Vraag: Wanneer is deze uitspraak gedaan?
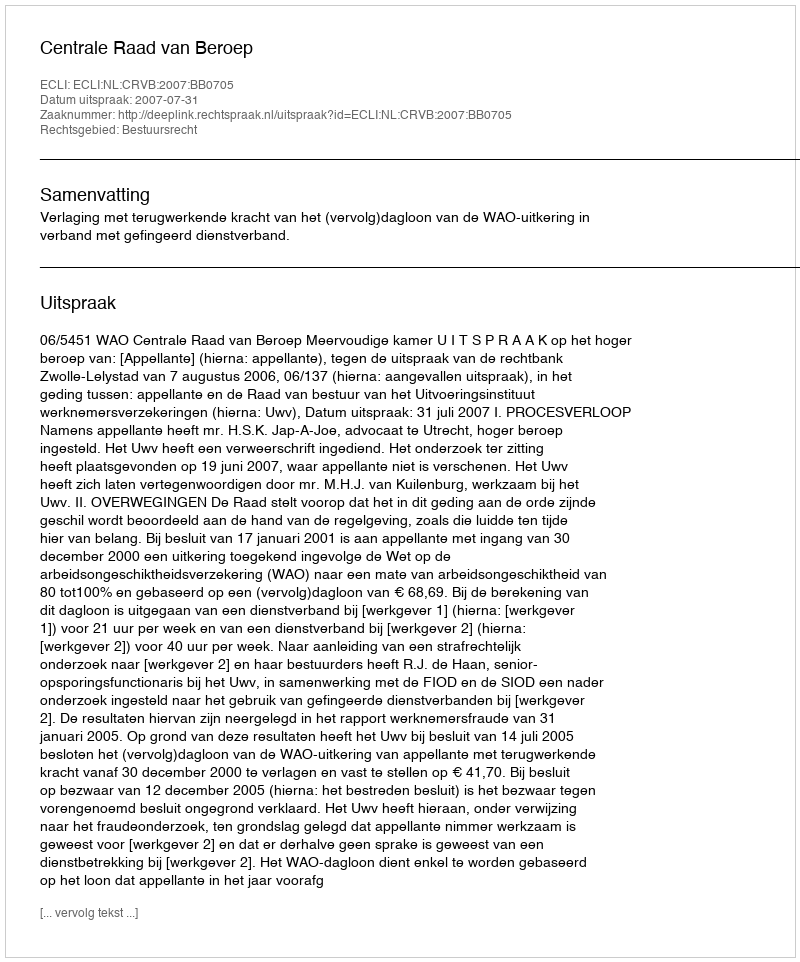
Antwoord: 2007-07-31